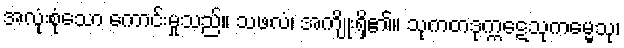
အလုံးစုံသော ကောင်းမှုသည်။ သဖလံ၊ အကျိုးရှိ၏။ သုကတဒုက္ကဋေသုကမ္မေသု၊